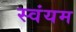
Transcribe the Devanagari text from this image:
स्‍वंयम